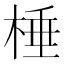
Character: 棰